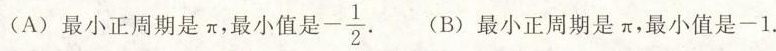
(A)最小正周期是π，最小值是-\frac{1}{2}. (B)最小正周期是π，最小值是-1.